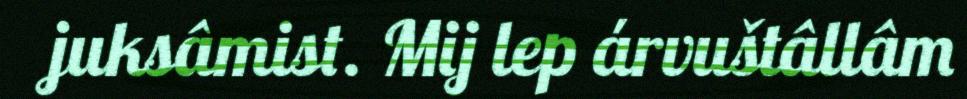
juksâmist. Mij lep árvuštâllâm